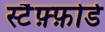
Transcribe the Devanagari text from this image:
स्टैफ़्फ़ोर्ड